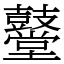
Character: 鼞